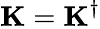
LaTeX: \mathbf{K}=\mathbf{K}^{\dagger}